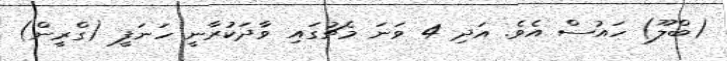
(ބްލޫ) ހައުސް އެވެ. އަދި 4 ވަނަ މެޗުގައި ވާދަކުރާނީ ހަނަފީ (ގްރީން)